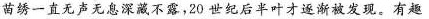
苗绣一直无声无藏不露，20世纪后半叶才逐渐被发现。有趣